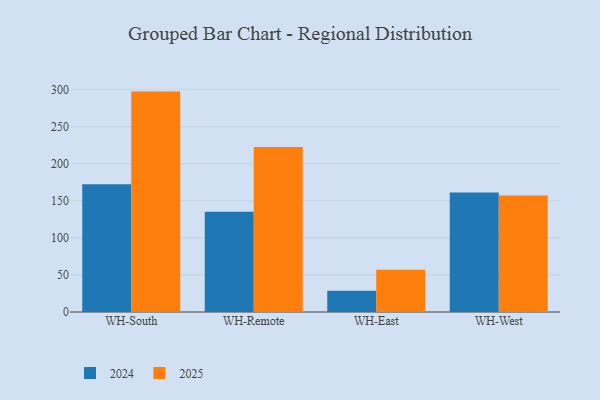
{"axis": {"x": "Warehouse", "y": "Waste Production (Tons)"}, "legend": ["2024", "2025"], "data": [{"x": "WH-South", "y": 172.5, "type": "2024"}, {"x": "WH-South", "y": 297.4, "type": "2025"}, {"x": "WH-Remote", "y": 135.2, "type": "2024"}, {"x": "WH-Remote", "y": 222.6, "type": "2025"}, {"x": "WH-East", "y": 28.6, "type": "2024"}, {"x": "WH-East", "y": 56.9, "type": "2025"}, {"x": "WH-West", "y": 161.2, "type": "2024"}, {"x": "WH-West", "y": 157.1, "type": "2025"}]}